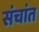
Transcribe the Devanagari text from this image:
संचांत